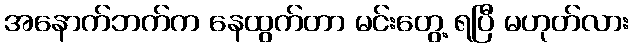
အနောက်ဘက်က နေထွက်တာ မင်းတွေ့ ရပြီ မဟုတ်လား